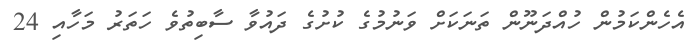
އެހެންކަމުން ހުއްދަނޫން ތަނަކަށް ވަނުމުގެ ކުށުގެ ދައުވާ ސާބިތުވެ ހަތަރު މަހާއި 24